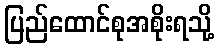
ပြည်ထောင်စုအစိုးရသို့